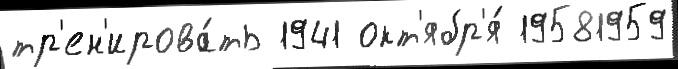
тр'ен'ирова́ть 1941 окт'ябр'я́ 19581959